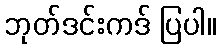
ဘုတ်ဒင်းကဒ် ပြပါ။